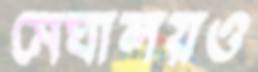
মেঘালয়ও